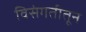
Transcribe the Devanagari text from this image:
विसंगतीतून